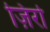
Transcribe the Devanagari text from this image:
ज़िर्रा